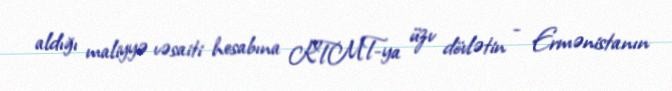
aldığı maliyyə vəsaiti hesabına KTMT-ya üzv dövlətin - Ermənistanın